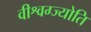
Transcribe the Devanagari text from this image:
वीश्वग्ज्योति